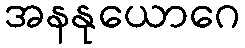
အနနုယောဂေ